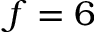
f = 6